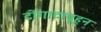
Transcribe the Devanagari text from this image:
टोंगाटाबूहून